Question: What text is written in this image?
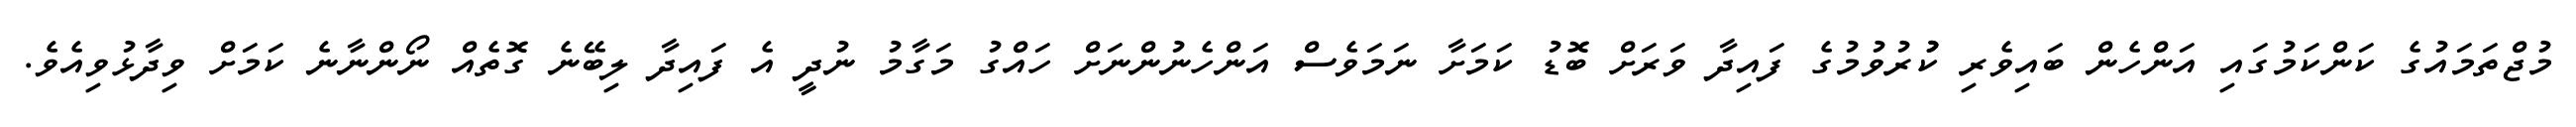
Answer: މުޖްތަމައުގެ ކަންކަމުގައި އަންހެން ބައިވެރި ކުުރުވުމުގެ ފައިދާ ވަރަށް ބޮޑު ކަމަށާ ނަމަވެސް އަންހެނުންނަށް ހައްގު މަގާމު ނުދީ އެ ފައިދާ ލިބޭނެ ގޮތެއް ނޯންނާނެ ކަމަށް ވިދާޅުވިއެވެ.